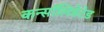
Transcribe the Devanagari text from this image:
कन्सॉलिडेटेड